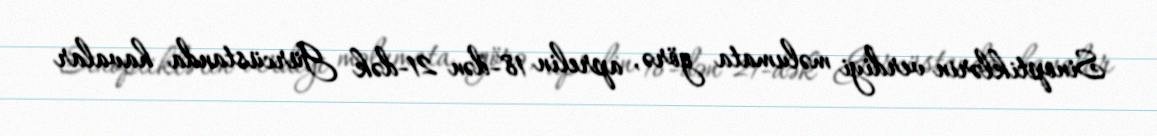
Sinoptiklərin verdiyi məlumata görə, aprelin 18-dən 21-dək Gürcüstanda havalar